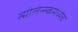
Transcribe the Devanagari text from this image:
स्मोलेन्स्कमध्येच